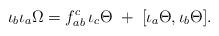
LaTeX: \begin{align*} \iota _b\iota _a\Omega =f_{ab}^c\,\iota _c\Theta \;+\;[\iota _a\Theta ,\iota _b\Theta ]. \end{align*}